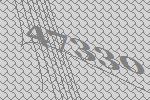
47330